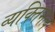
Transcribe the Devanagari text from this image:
व्यक्‍तिमत्व